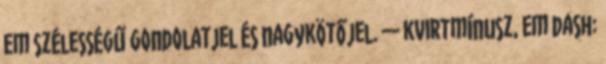
em szélességű gondolatjel és nagykötőjel. — kvirtmínusz, em dash: